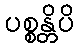
ပစ္စန္တိပိ